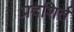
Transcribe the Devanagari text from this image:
प्रदशिर्त